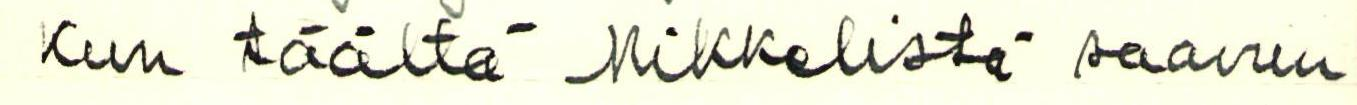
Kun täältä Mikkelistä saavun